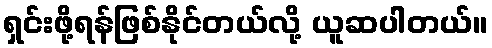
ရှင်းဖို့ရန်ဖြစ်နိုင်တယ်လို့ ယူဆပါတယ်။